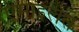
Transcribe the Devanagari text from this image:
एमाइलेस